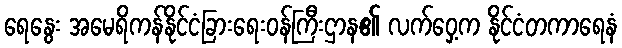
ရေနွေး အမေရိကန်နိုင်ငံခြားရေးဝန်ကြီးဌာန၏ လက်ဝှေ့က နိုင်ငံတကာရေနံ